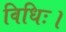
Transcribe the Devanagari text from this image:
विधिः।